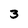
Character: 3